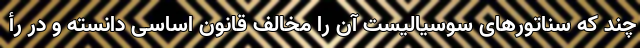
چند که سناتورهای سوسیالیست آن را مخالف قانون اساسی دانسته و در رأ